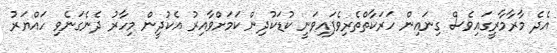
އެދެ މާރާމާރީގައިވެސް ގިނައިން ހަރަކާތްތެރިވެފައިވަނީ ކުޑަކުދިން ކަމަށްވާއިރު އެކުދީން މިހާރު ދެނެގަނެވި ހައްޔަރު